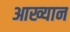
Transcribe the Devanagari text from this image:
आख्‍यान